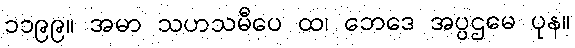
၁၁၉၉။ အမာ သဟသမီပေ ထ၊ ဘေဒေ အပ္ပဌမေ ပုန။